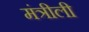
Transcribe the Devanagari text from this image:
मंत्रीली